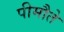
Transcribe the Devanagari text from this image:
पीमौते